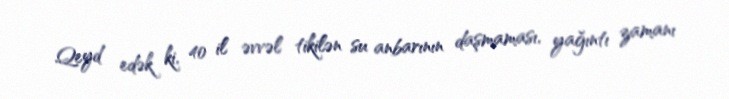
Qeyd edək ki, 40 il əvvəl tikilən su anbarının daşmaması, yağıntı zamanı